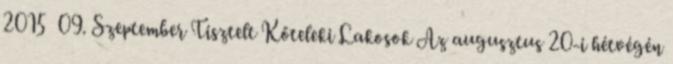
2015 09. Szeptember Tisztelt Kőteleki Lakosok Az augusztus 20-i hétvégén